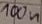
Text: 100n